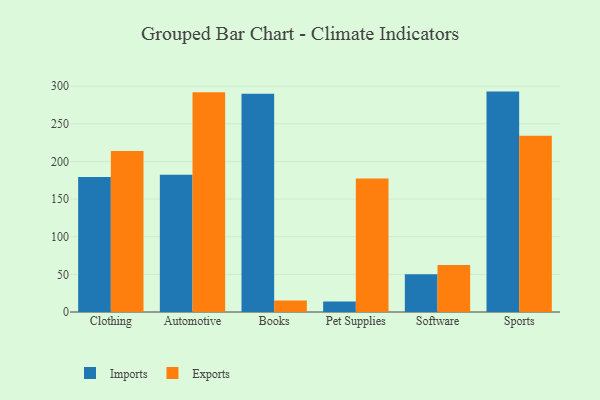
{"axis": {"x": "Category", "y": "Headcount"}, "legend": ["Exports", "Imports"], "data": [{"x": "Clothing", "y": 179.3, "type": "Imports"}, {"x": "Clothing", "y": 213.9, "type": "Exports"}, {"x": "Automotive", "y": 182.5, "type": "Imports"}, {"x": "Automotive", "y": 291.8, "type": "Exports"}, {"x": "Books", "y": 290.1, "type": "Imports"}, {"x": "Books", "y": 15.3, "type": "Exports"}, {"x": "Pet Supplies", "y": 13.9, "type": "Imports"}, {"x": "Pet Supplies", "y": 177.2, "type": "Exports"}, {"x": "Software", "y": 50.3, "type": "Imports"}, {"x": "Software", "y": 62.5, "type": "Exports"}, {"x": "Sports", "y": 292.8, "type": "Imports"}, {"x": "Sports", "y": 234.0, "type": "Exports"}]}